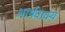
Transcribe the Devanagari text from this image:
आर्षवाक्य